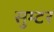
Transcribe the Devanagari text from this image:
सुम्टर